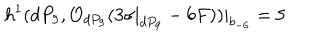
LaTeX: h ^ { 1 } ( d P _ { 9 } , { \cal O } _ { d P _ { 9 } } ( 3 \sigma | _ { d P _ { 9 } } - 6 F ) ) | _ { b _ { - 6 } } = 5